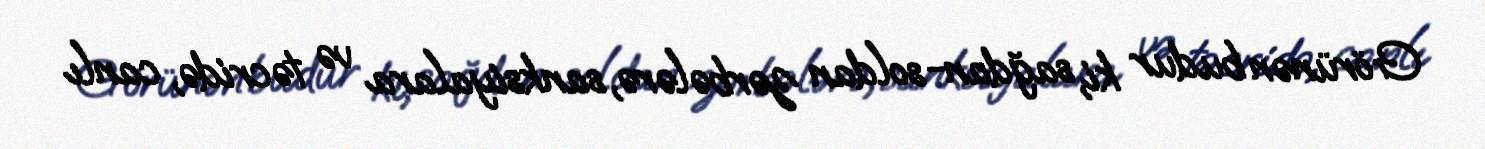
Görünən budur ki, sağdan-soldan zərbələrə, sanksiyalara və təcridə, canlı